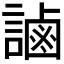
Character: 𧫓